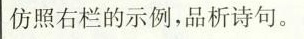
仿照右栏的示例，品析诗句。